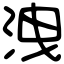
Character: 洩